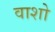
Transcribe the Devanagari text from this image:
वाशो